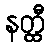
နတ္ထီ